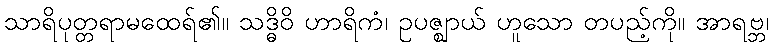
သာရိပုတ္တရာမထေရ်၏။ သဒ္ဓိဝိ ဟာရိကံ၊ ဥပဇ္ဈာယ် ဟူသော တပည့်ကို။ အာရဗ္ဘ၊